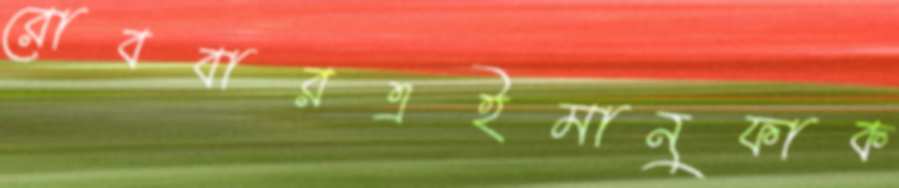
রোববারএইমানুফাক